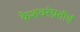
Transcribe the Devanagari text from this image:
केशवरंध्रतीर्थ